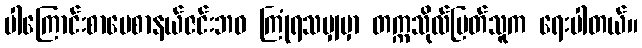
ပါကြောင်းစာပေစာနယ်ဇင်းဘဝ ကြုံရသမျှမှာ တက္ကသိုလ်မြတ်သူက ရေးပါတယ်။